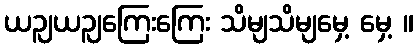
ယဉျယဉျကြေးကြေး သိမျသိမျမှေ့ မှေ့ ။